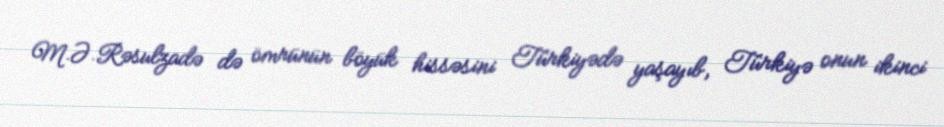
M.Ə.Rəsulzadə də ömrünün böyük hissəsini Türkiyədə yaşayıb, Türkiyə onun ikinci